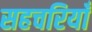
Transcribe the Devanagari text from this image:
सहचरियाँ